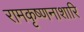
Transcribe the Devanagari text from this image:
रामकृष्णनाशारि